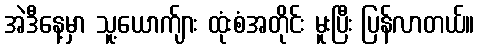
အဲဒီနေ့မှာ သူ့ယောက်ျား ထုံးစံအတိုင်း မူးပြီး ပြန်လာတယ်။